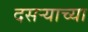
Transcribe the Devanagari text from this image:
दसऱ्‍याच्या